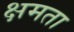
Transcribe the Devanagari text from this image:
क्षमता